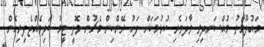
މައުލޫމާތު މުއްސަނދިވި ވާދަވެރި ކުޅުމަކަށް ފަހު ރޭންކިން މެޗުން ވޮލީ ޓީމު ބަލިވެއްޖެފިރިހެން